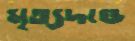
মৃত্যদণ্ডে